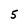
Character: 5